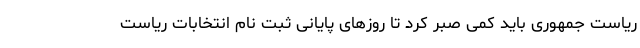
ریاست جمهوری باید کمی صبر کرد تا روزهای پایانی ثبت نام انتخابات ریاست